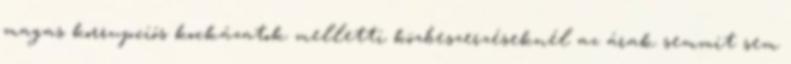
magas korrupciós kockázatok melletti közbeszerzéseknél az árak semmit sem